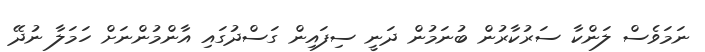
ނަމަވެސް ލަންކާ ސަރުކާރުން ބުނަމުން ދަނީ ސިފައިން ގަސްދުގައި އާންމުންނަށް ހަމަލާ ނުދޭ